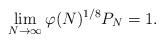
LaTeX: \begin{align*} \lim_{N\to\infty} \varphi(N)^{1/8} P_N = 1. \end{align*}